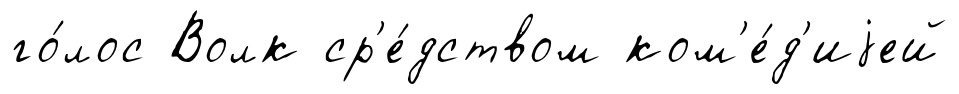
го́лос Волк ср'е́дством ком'е́д'иjей